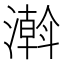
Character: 濣